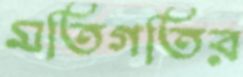
মতিগতির